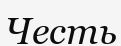
Честь